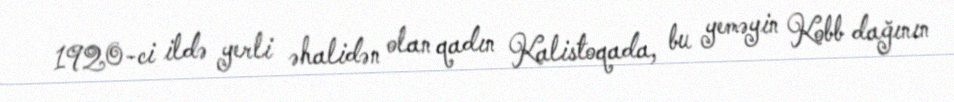
1920-ci ildə yerli əhalidən olan qadın Kalistoqada, bu yeməyin Kobb dağının